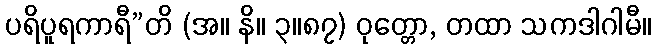
ပရိပူရကာရီ”တိ (အ။ နိ။ ၃။၈၇) ဝုတ္တော, တထာ သကဒါဂါမီ။